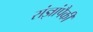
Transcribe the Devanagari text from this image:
संज्ञांपैकी